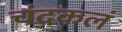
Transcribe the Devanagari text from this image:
चंदकलं